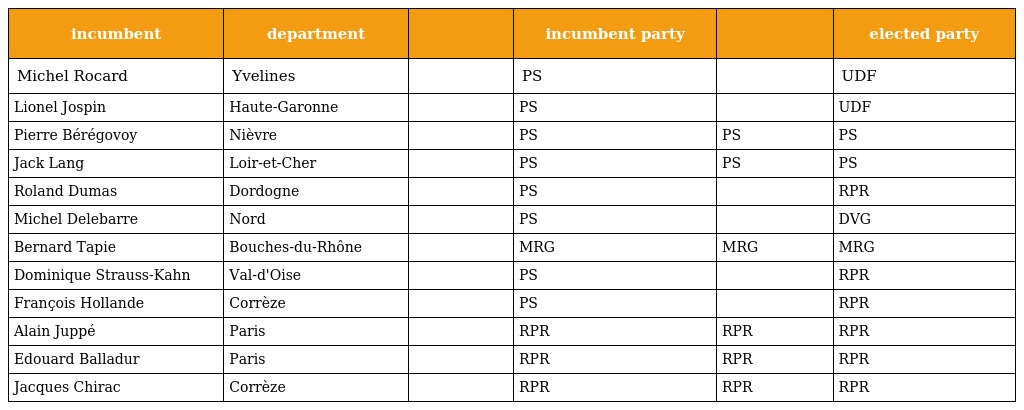
| incumbent | department |  | incumbent party |  | elected party |
 | --- | --- | --- | --- | --- | --- |
 | Michel Rocard | Yvelines |  | PS |  | UDF |
 | Lionel Jospin | Haute-Garonne |  | PS |  | UDF |
 | Pierre Bérégovoy | Nièvre |  | PS | PS | PS |
 | Jack Lang | Loir-et-Cher |  | PS | PS | PS |
 | Roland Dumas | Dordogne |  | PS |  | RPR |
 | Michel Delebarre | Nord |  | PS |  | DVG |
 | Bernard Tapie | Bouches-du-Rhône |  | MRG | MRG | MRG |
 | Dominique Strauss-Kahn | Val-d'Oise |  | PS |  | RPR |
 | François Hollande | Corrèze |  | PS |  | RPR |
 | Alain Juppé | Paris |  | RPR | RPR | RPR |
 | Edouard Balladur | Paris |  | RPR | RPR | RPR |
 | Jacques Chirac | Corrèze |  | RPR | RPR | RPR |